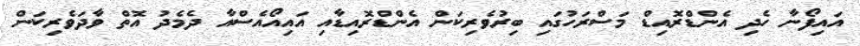
އައިފޯނާ ހެދި އެންޑްރޮއިޑް މަސްރަހުގައި ބިރުވެރިކަން އެންޑްރޮއިޑާއި އައިއޯއެސްއާ ދެމެދު އޮތް ވާދަވެރިކަން